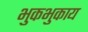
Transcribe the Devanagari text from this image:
भुकभुकाय